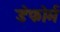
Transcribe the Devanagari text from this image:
डेफोर्म